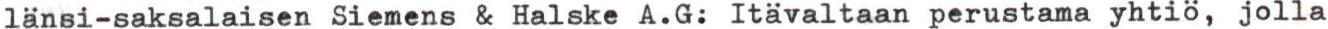
länsi-saksalaisen Siemens & Halske A.G: Itävaltaan perustama yhtiö, jolla